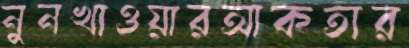
নুনখাওয়ারআকতার